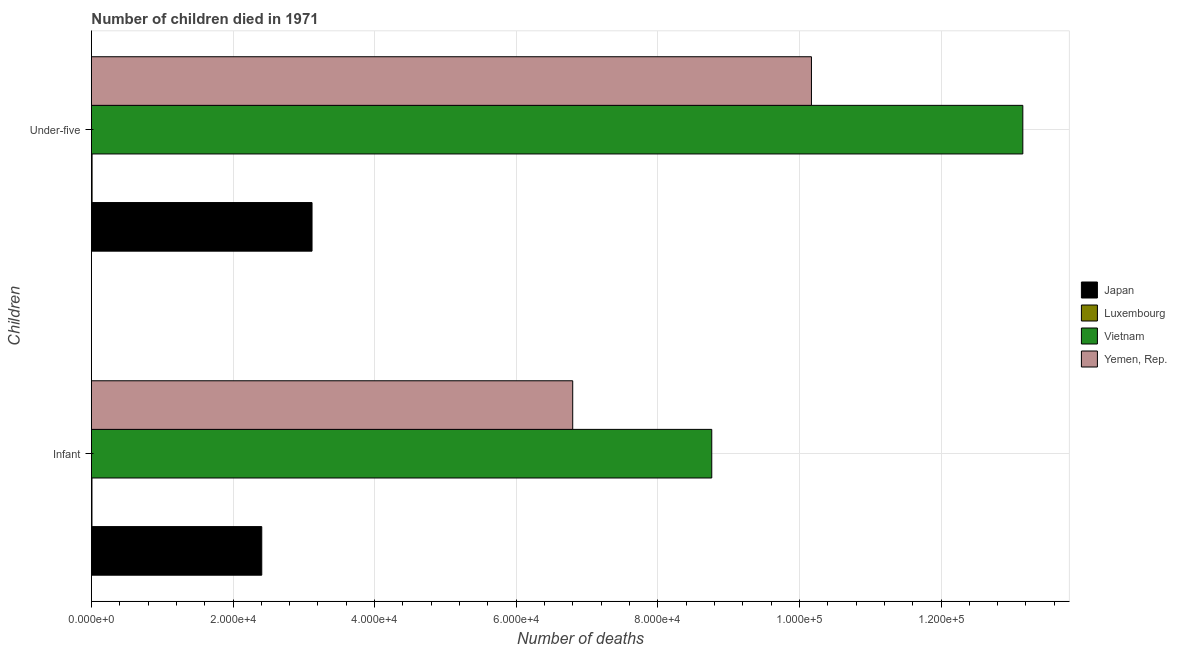
| Children | Japan | Luxembourg | Vietnam | Yemen, Rep. |
 | --- | --- | --- | --- | --- |
 | Infant | 2.41e+04 | 78 | 8.76e+04 | 6.8e+04 |
 | Under-five | 3.12e+04 | 93 | 1.32e+05 | 1.02e+05 |